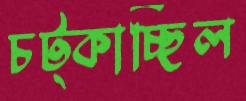
চট্‌কাচ্ছিল